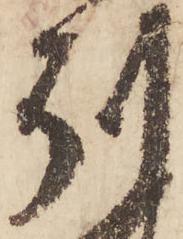
州